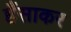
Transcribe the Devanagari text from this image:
हँसाकर